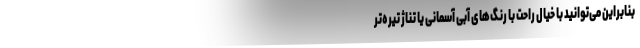
بنابراین می‌توانید با خیال راحت با رنگ‌های آبی آسمانی یا تناژ تیره‌تر